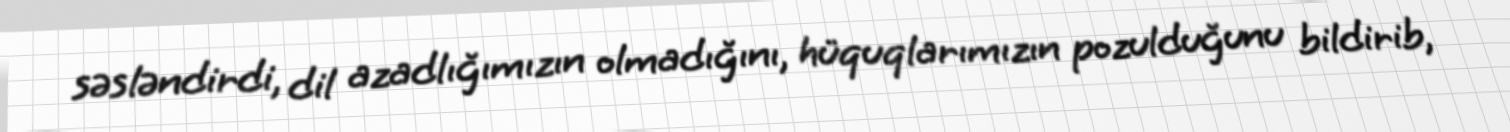
səsləndirdi, dil azadlığımızın olmadığını, hüquqlarımızın pozulduğunu bildirib,